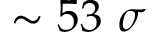
\sim 5 3 ~ \sigma